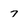
Character: 7